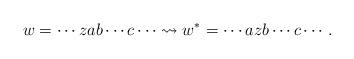
LaTeX: \begin{align*}w = \cdots zab \cdots c \cdots \rightsquigarrow w^*=\cdots azb \cdots c \cdots.\end{align*}